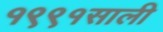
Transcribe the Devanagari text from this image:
१९९१साली